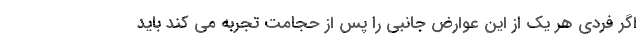
اگر فردی هر یک از این عوارض جانبی را پس از حجامت تجربه می کند باید